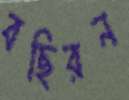
বছিরন